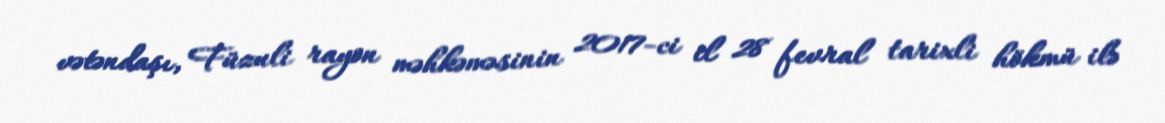
vətəndaşı, Füzuli rayon məhkəməsinin 2017-ci il 28 fevral tarixli hökmü ilə